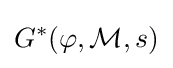
G^{*}(\varphi ,{\mathcal {M}},s)